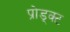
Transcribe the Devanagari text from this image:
प्रोड्क्ट